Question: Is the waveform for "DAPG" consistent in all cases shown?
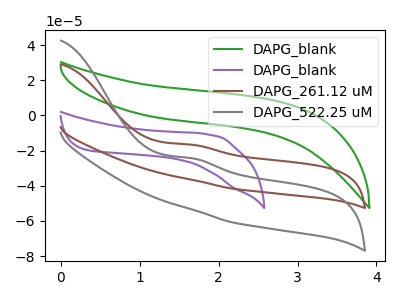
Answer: <think>The green curve "DAPG_blank" has no peaks. The purple curve "DAPG_blank" has no peaks. The brown curve "DAPG_261.12 uM" has an anodic peak at: (1.65V, -16.65uA). The gray curve "DAPG_522.25 uM" has an anodic peak at: (1.65V, -24.35uA).
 Neither "DAPG_blank" or "DAPG_blank" have any peaks. "DAPG_blank" and "DAPG_261.12 uM" have a different number of peaks. "DAPG_blank" and "DAPG_522.25 uM" have a different number of peaks. "DAPG_blank" and "DAPG_261.12 uM" have a different number of peaks. "DAPG_blank" and "DAPG_522.25 uM" have a different number of peaks. All the peaks in "DAPG_261.12 uM" have a peak in "DAPG_522.25 uM" at the same potential. Every peak in "DAPG_261.12 uM" is higher than every peak in "DAPG_522.25 uM".</think>
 <answer>All the CV's of "DAPG" have similar shape.</answer>
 <eval>follow_rule</eval>